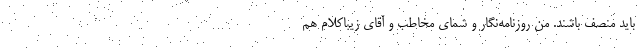
باید منصف باشند. منِ روزنامه‌نگار و شمای مخاطب و آقای زیباکلام هم